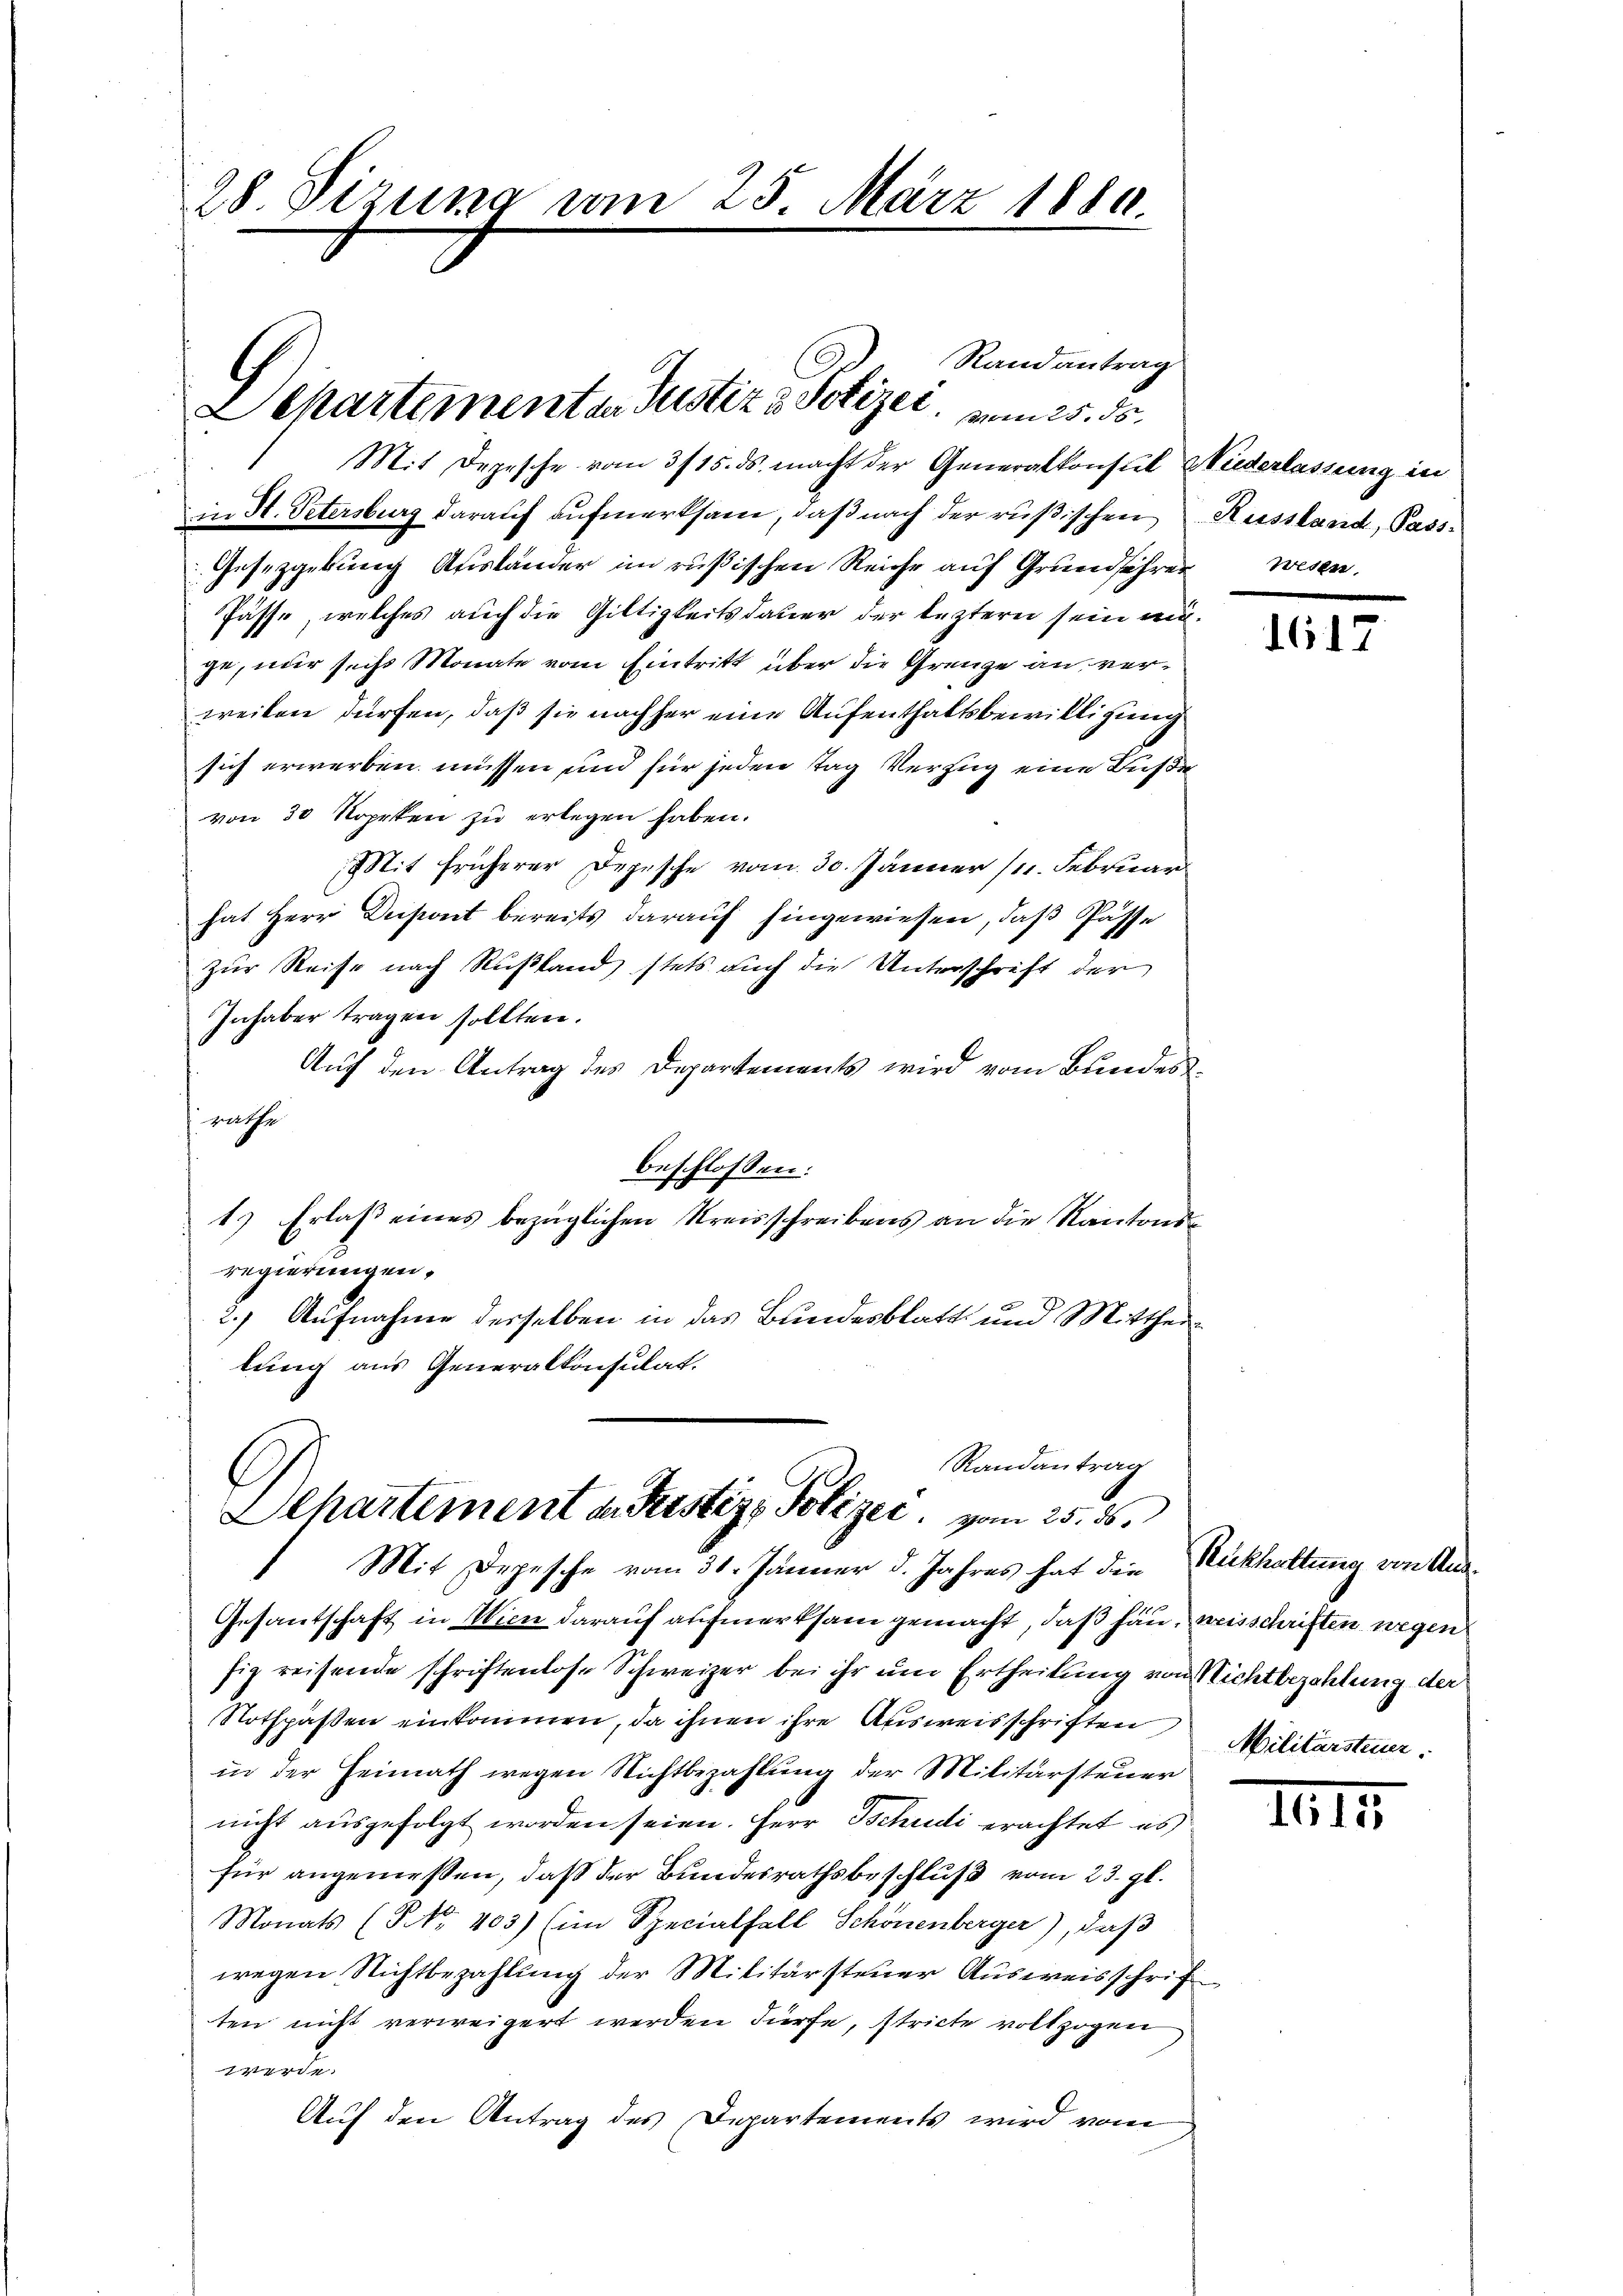
28. Sizung am 25. März 1880.

in H. Petersburg darauf aufmerksam, daß nach der rüßischen Russland, Pass-
Gesetzgebung Ausländer im rußischen Reiche auf Grundsehren wesen.
Pässe, welches auch die Giltigkeitsdauer der leztern sein auchge, nur sechs Monate vom Eintritt über die Grenze an verweilen dürfen, daß sie nachher eine Aufenthaltsbewilligung
sich erwerben müssen und für jeden tag Verzug eine Buße
von 30 Noprken zu erlegen haben.
Sit früherer Depesche vom 30. Jänner 1. Februar
hat Herr Depont bereits darauf hingewiesen, daß Pässe
zur Reise nach Rußland stets auch die Unterschrift der
Inhaber tragen sollten.
Auf den Antrag des Departements wird vom Bundesrathe
beschlossen:
1.) Erlaß eines bezüglichen Kreisschreibens an die Kantonsregierungen,
2.) Aufnahme desselben in das Bundesblatt und Mittheilung aus Generalkonsulat.

Randantrag
Departementen Justiz & Polizei, von 25. ds.
Mit Depesche vom 3/15. ds. macht der Generalkonsul Niederlassung in

Randantrag
Departement d. Justiz, Polizer, vom 25. ds.
Mit Depesche vom 31. Jänner d. Jahres hat die Rückhaltung von Aus¬

Gesantschaft in Wien darauf aufmerksam gemacht, daß han, weisschriften wegen
fig reisende schriftenlose Schweizer bei ihr um Ertheilung von Nichtbezahlung der
Totspassen einkommen, da ihnen ihre Ausweisschriften
in der Heimath wegen Nichtbezahlung der Militärsteuer
nicht ausgefolgt worden seien. Herr Tschudi erachtet es
für angemessen, daß der Bundesrathsbeschluß vom 23. gl.
Monats (§ NNo. 403) (im Specialfall Schönenberger), daβ
wegen Nichtbezahlung der Militärsteuer Ausweisschrif
ten nicht verweigert werden dürfe, stricte vollzogen
xerit.
Auf den Antrag des Departements wird vom

1617

Militärsteuer.

IIII.